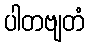
ပါတဗျတံ